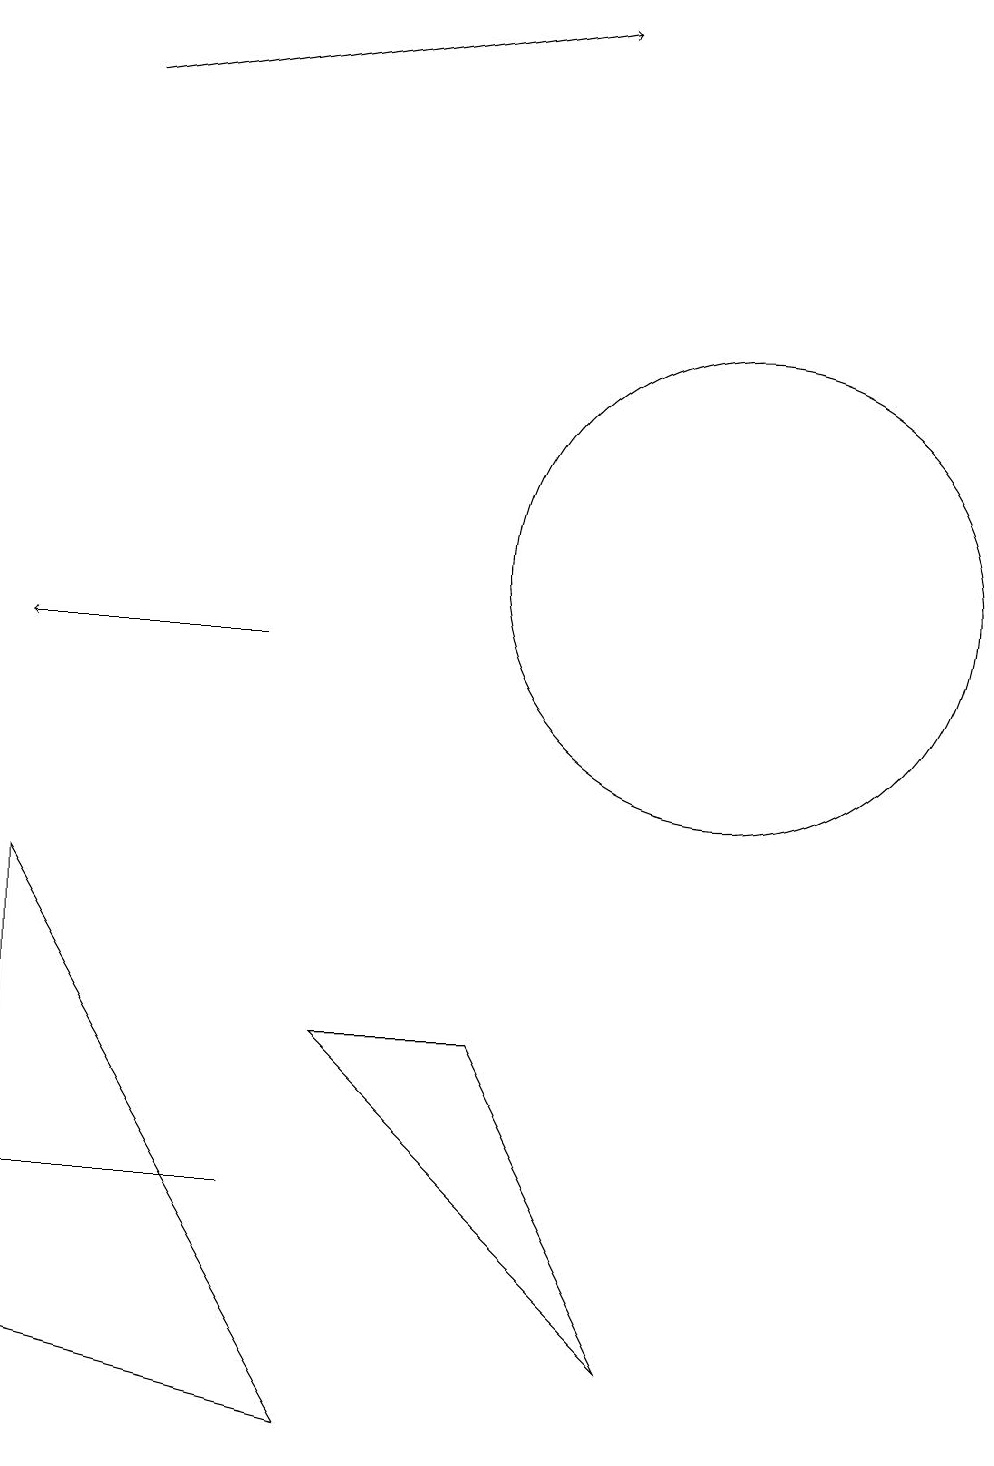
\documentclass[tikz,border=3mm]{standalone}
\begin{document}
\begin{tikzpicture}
\draw[->] (2,17) -- (8,18);
\draw[->] (4,10) -- (1,10);
\draw (1,3) -- (4,3) -- (2,3) -- cycle;
\draw (5,5) -- (7,5) -- (9,1) -- cycle;
\draw (10,11) circle (3);
\draw (1,7) -- (5,0) -- (1,1) -- cycle;
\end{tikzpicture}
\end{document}